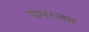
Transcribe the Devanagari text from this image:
समरजम